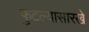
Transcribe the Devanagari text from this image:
फुटल्यासारखे